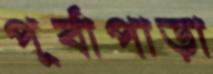
পূর্বাপাড়া